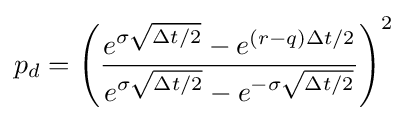
p_{d}=\left({\frac {e^{\sigma {\sqrt {\Delta t/2}}}-e^{(r-q)\Delta t/2}}{e^{\sigma {\sqrt {\Delta t/2}}}-e^{-\sigma {\sqrt {\Delta t/2}}}}}\right)^{2}